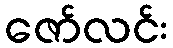
ဇော်လင်း